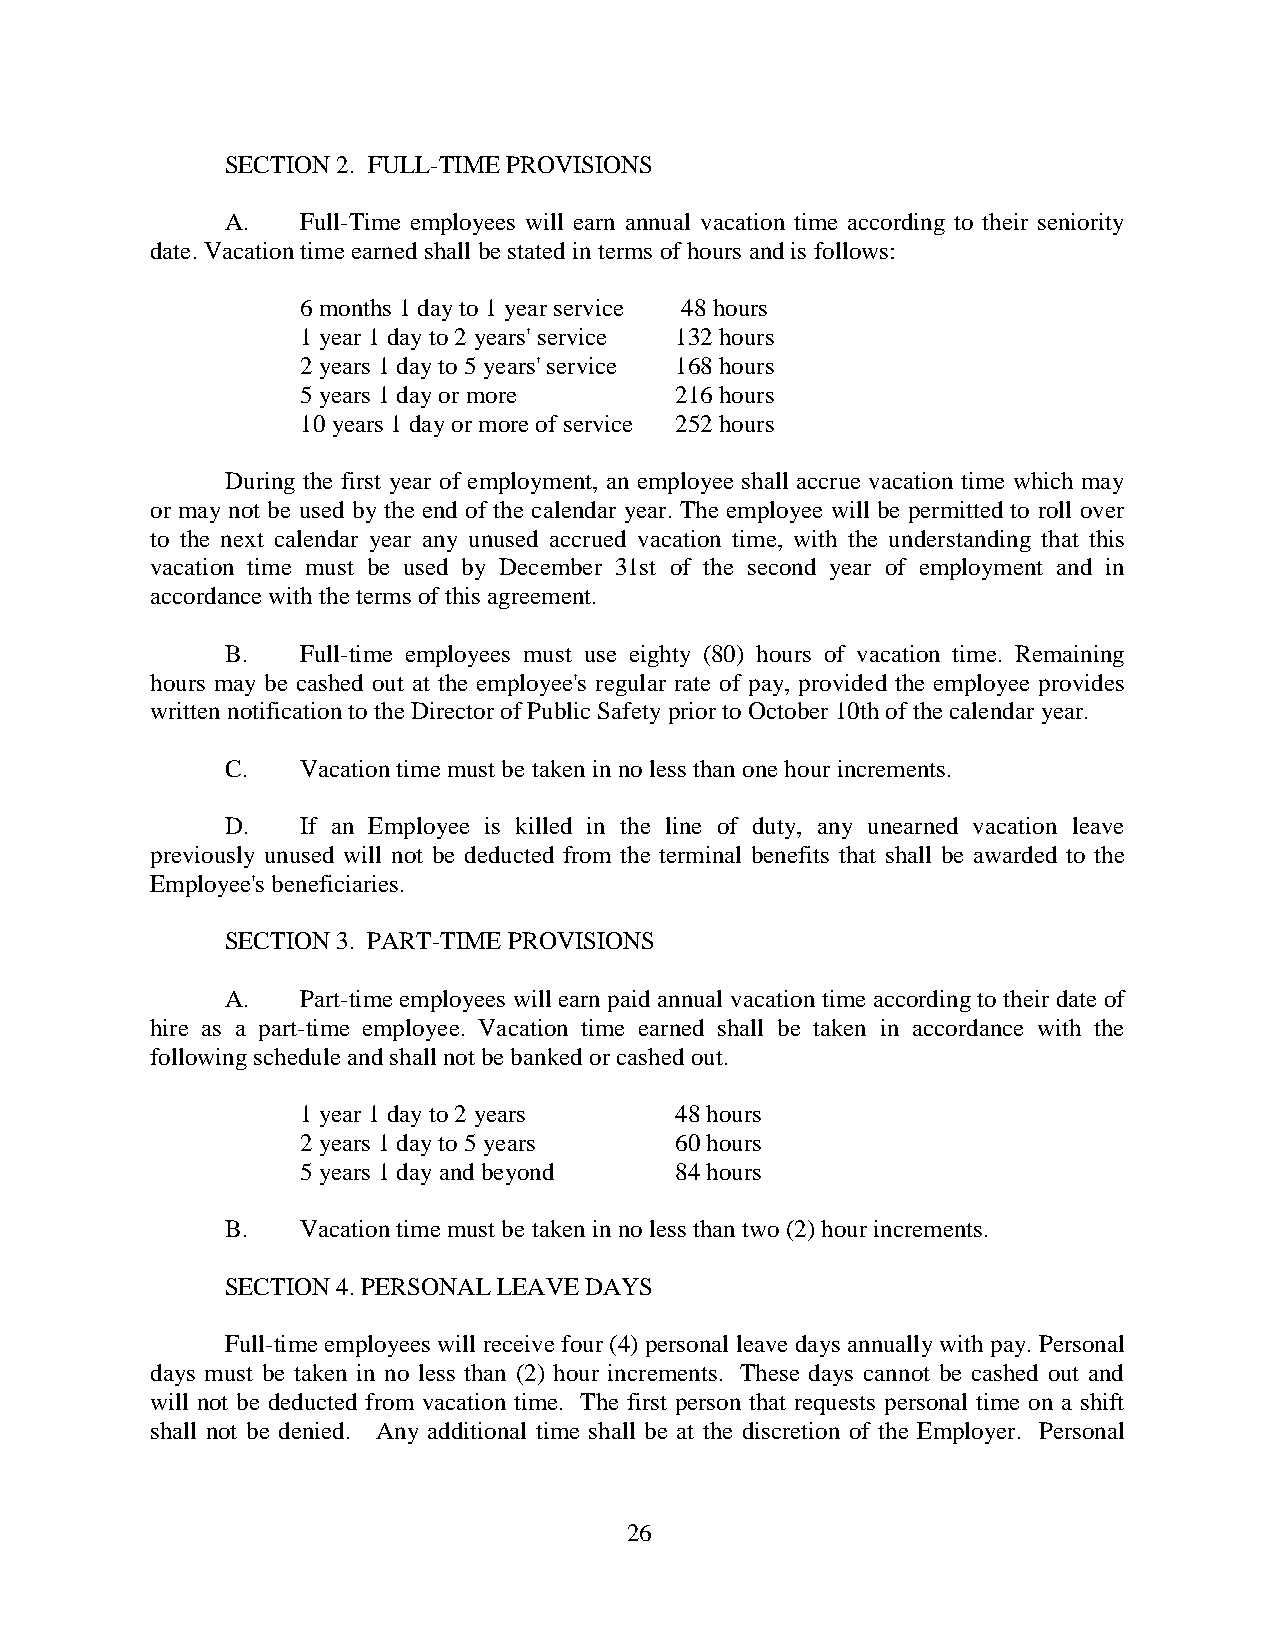
SECTION 2. FULL-TIME PROVISIONS
 A.   Full-Time employees will earn annual vacation time according to their seniority
 date. Vacation time earned shall be stated in terms of hours and is follows:
 6 months 1 day to 1 year service 48 hours
 1 year 1 day to 2 years' service 132 hours
 2 years 1 day to 5 years' service 168 hours
 5 years 1 day or more    216 hours
 10 years 1 day or more of service 252 hours
 During the first year of employment, an employee shall accrue vacation time which may
 or may not be used by the end of the calendar year. The employee will be permitted to roll over
 to the next calendar year any unused accrued vacation time, with the understanding that this
 vacation time must be used by December 31st of the second year of employment and in
 accordance with the terms of this agreement.
 B.   Full-time employees must use eighty (80) hours of vacation time. Remaining
 hours may be cashed out at the employee's regular rate of pay, provided the employee provides
 written notification to the Director of Public Safety prior to October 10th of the calendar year.
 C.   Vacation time must be taken in no less than one hour increments.
 D.   If an Employee is killed in the line of duty, any unearned vacation leave
 previously unused will not be deducted from the terminal benefits that shall be awarded to the
 Employee's beneficiaries.
 SECTION 3. PART-TIME PROVISIONS
 A.   Part-time employees will earn paid annual vacation time according to their date of
 hire as a part-time employee. Vacation time earned shall be taken in accordance with the
 following schedule and shall not be banked or cashed out.
 1 year 1 day to 2 years  48 hours
 2 years 1 day to 5 years 60 hours
 5 years 1 day and beyond 84 hours
 B.   Vacation time must be taken in no less than two (2) hour increments.
 SECTION 4. PERSONAL LEAVE DAYS
 Full-time employees will receive four (4) personal leave days annually with pay. Personal
 days must be taken in no less than (2) hour increments. These days cannot be cashed out and
 will not be deducted from vacation time. The first person that requests personal time on a shift
 shall not be denied. Any additional time shall be at the discretion of the Employer. Personal
 26